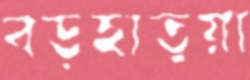
বড়হাতুয়া